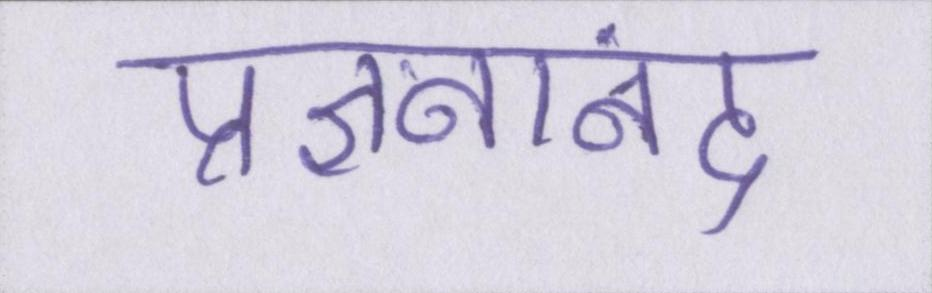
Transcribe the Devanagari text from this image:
प्रज्ञनानंद